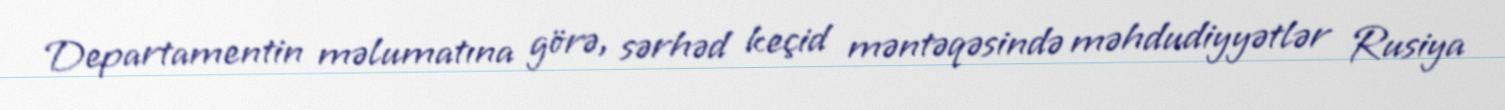
Departamentin məlumatına görə, sərhəd keçid məntəqəsində məhdudiyyətlər Rusiya